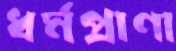
ধর্মপ্রাণা